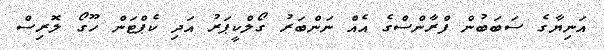
އަނިޔާގެ ސަބަބުން ފްރާންސްގެ އެއް ނަންބަރު ގޯލްކީޕަރު އަދި ކެޕްޓަން ހޫގޯ ލޮރިސް